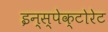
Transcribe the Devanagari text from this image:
इन्स्पेक्टोरेट